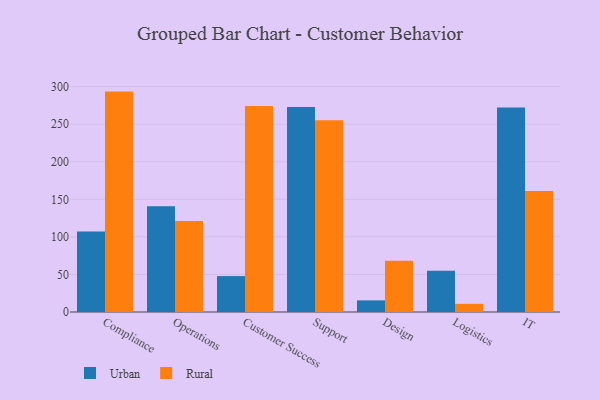
{"axis": {"x": "Department", "y": "Churn Rate (%)"}, "legend": ["Rural", "Urban"], "data": [{"x": "Compliance", "y": 107.0, "type": "Urban"}, {"x": "Compliance", "y": 293.4, "type": "Rural"}, {"x": "Operations", "y": 140.7, "type": "Urban"}, {"x": "Operations", "y": 121.0, "type": "Rural"}, {"x": "Customer Success", "y": 47.8, "type": "Urban"}, {"x": "Customer Success", "y": 274.3, "type": "Rural"}, {"x": "Support", "y": 272.8, "type": "Urban"}, {"x": "Support", "y": 255.3, "type": "Rural"}, {"x": "Design", "y": 15.5, "type": "Urban"}, {"x": "Design", "y": 68.3, "type": "Rural"}, {"x": "Logistics", "y": 54.8, "type": "Urban"}, {"x": "Logistics", "y": 10.9, "type": "Rural"}, {"x": "IT", "y": 272.1, "type": "Urban"}, {"x": "IT", "y": 161.2, "type": "Rural"}]}